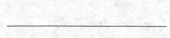
___